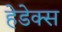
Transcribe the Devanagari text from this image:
हेडेक्स